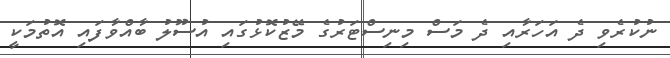
ނުކުރެވި ދެ އަހަރާއި ދެ މަސް މިނިސްޓަރުގެ މޭޒުކޮޅުގައި އުސޫލު ބާއްވާފައި އޮތުމަކީ